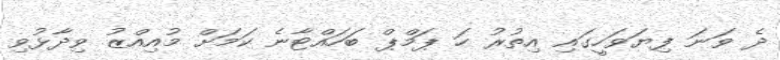
ދެ ވަނަ ފިޔަވަހީގައި އިތުރު ހަ ޕަމްޕް ބަހައްޓާނެ ކަމަށް މުއިއްޒު ވިދާޅުވި